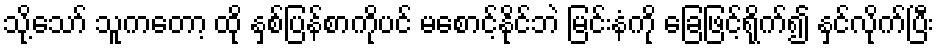
သို့သော် သူကတော့ ထို နှစ်ပြန်စာကိုပင် မစောင့်နိုင်ဘဲ မြင်းနံကို ခြေဖြင့်ရိုက်၍ နှင်လိုက်ပြီး